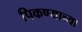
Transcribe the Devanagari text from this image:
पिकण्याच्या